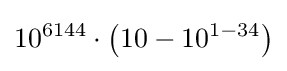
10^{6144}\cdot \left(10-10^{1-34}\right)